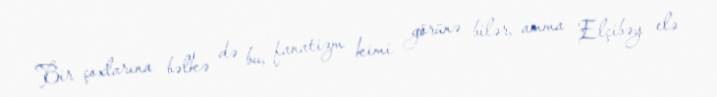
Bir çoxlarına bəlkə də bu, fanatizm kimi görünə bilər, amma Elçibəy elə